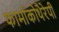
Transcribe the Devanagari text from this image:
फार्माकोथैरेपी